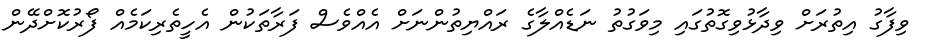
ވިފާގު އިތުރަށް ވިދާޅުވިގޮތުގައި މިވަގުތު ނަޑެއްލާގެ ރައްޔިތުންނަށް އެއްވެސް ފަރާތަކުން އެހީތެރިކަމެއް ފޯރުކޮށްދޭން